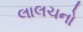
લાલચનો